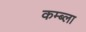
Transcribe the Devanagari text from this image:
कम्ब्ला